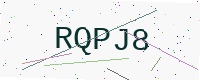
Text: RQPJ8